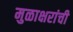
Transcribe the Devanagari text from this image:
मुळाक्षरांची